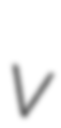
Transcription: v